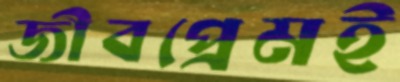
জীবপ্রেমই